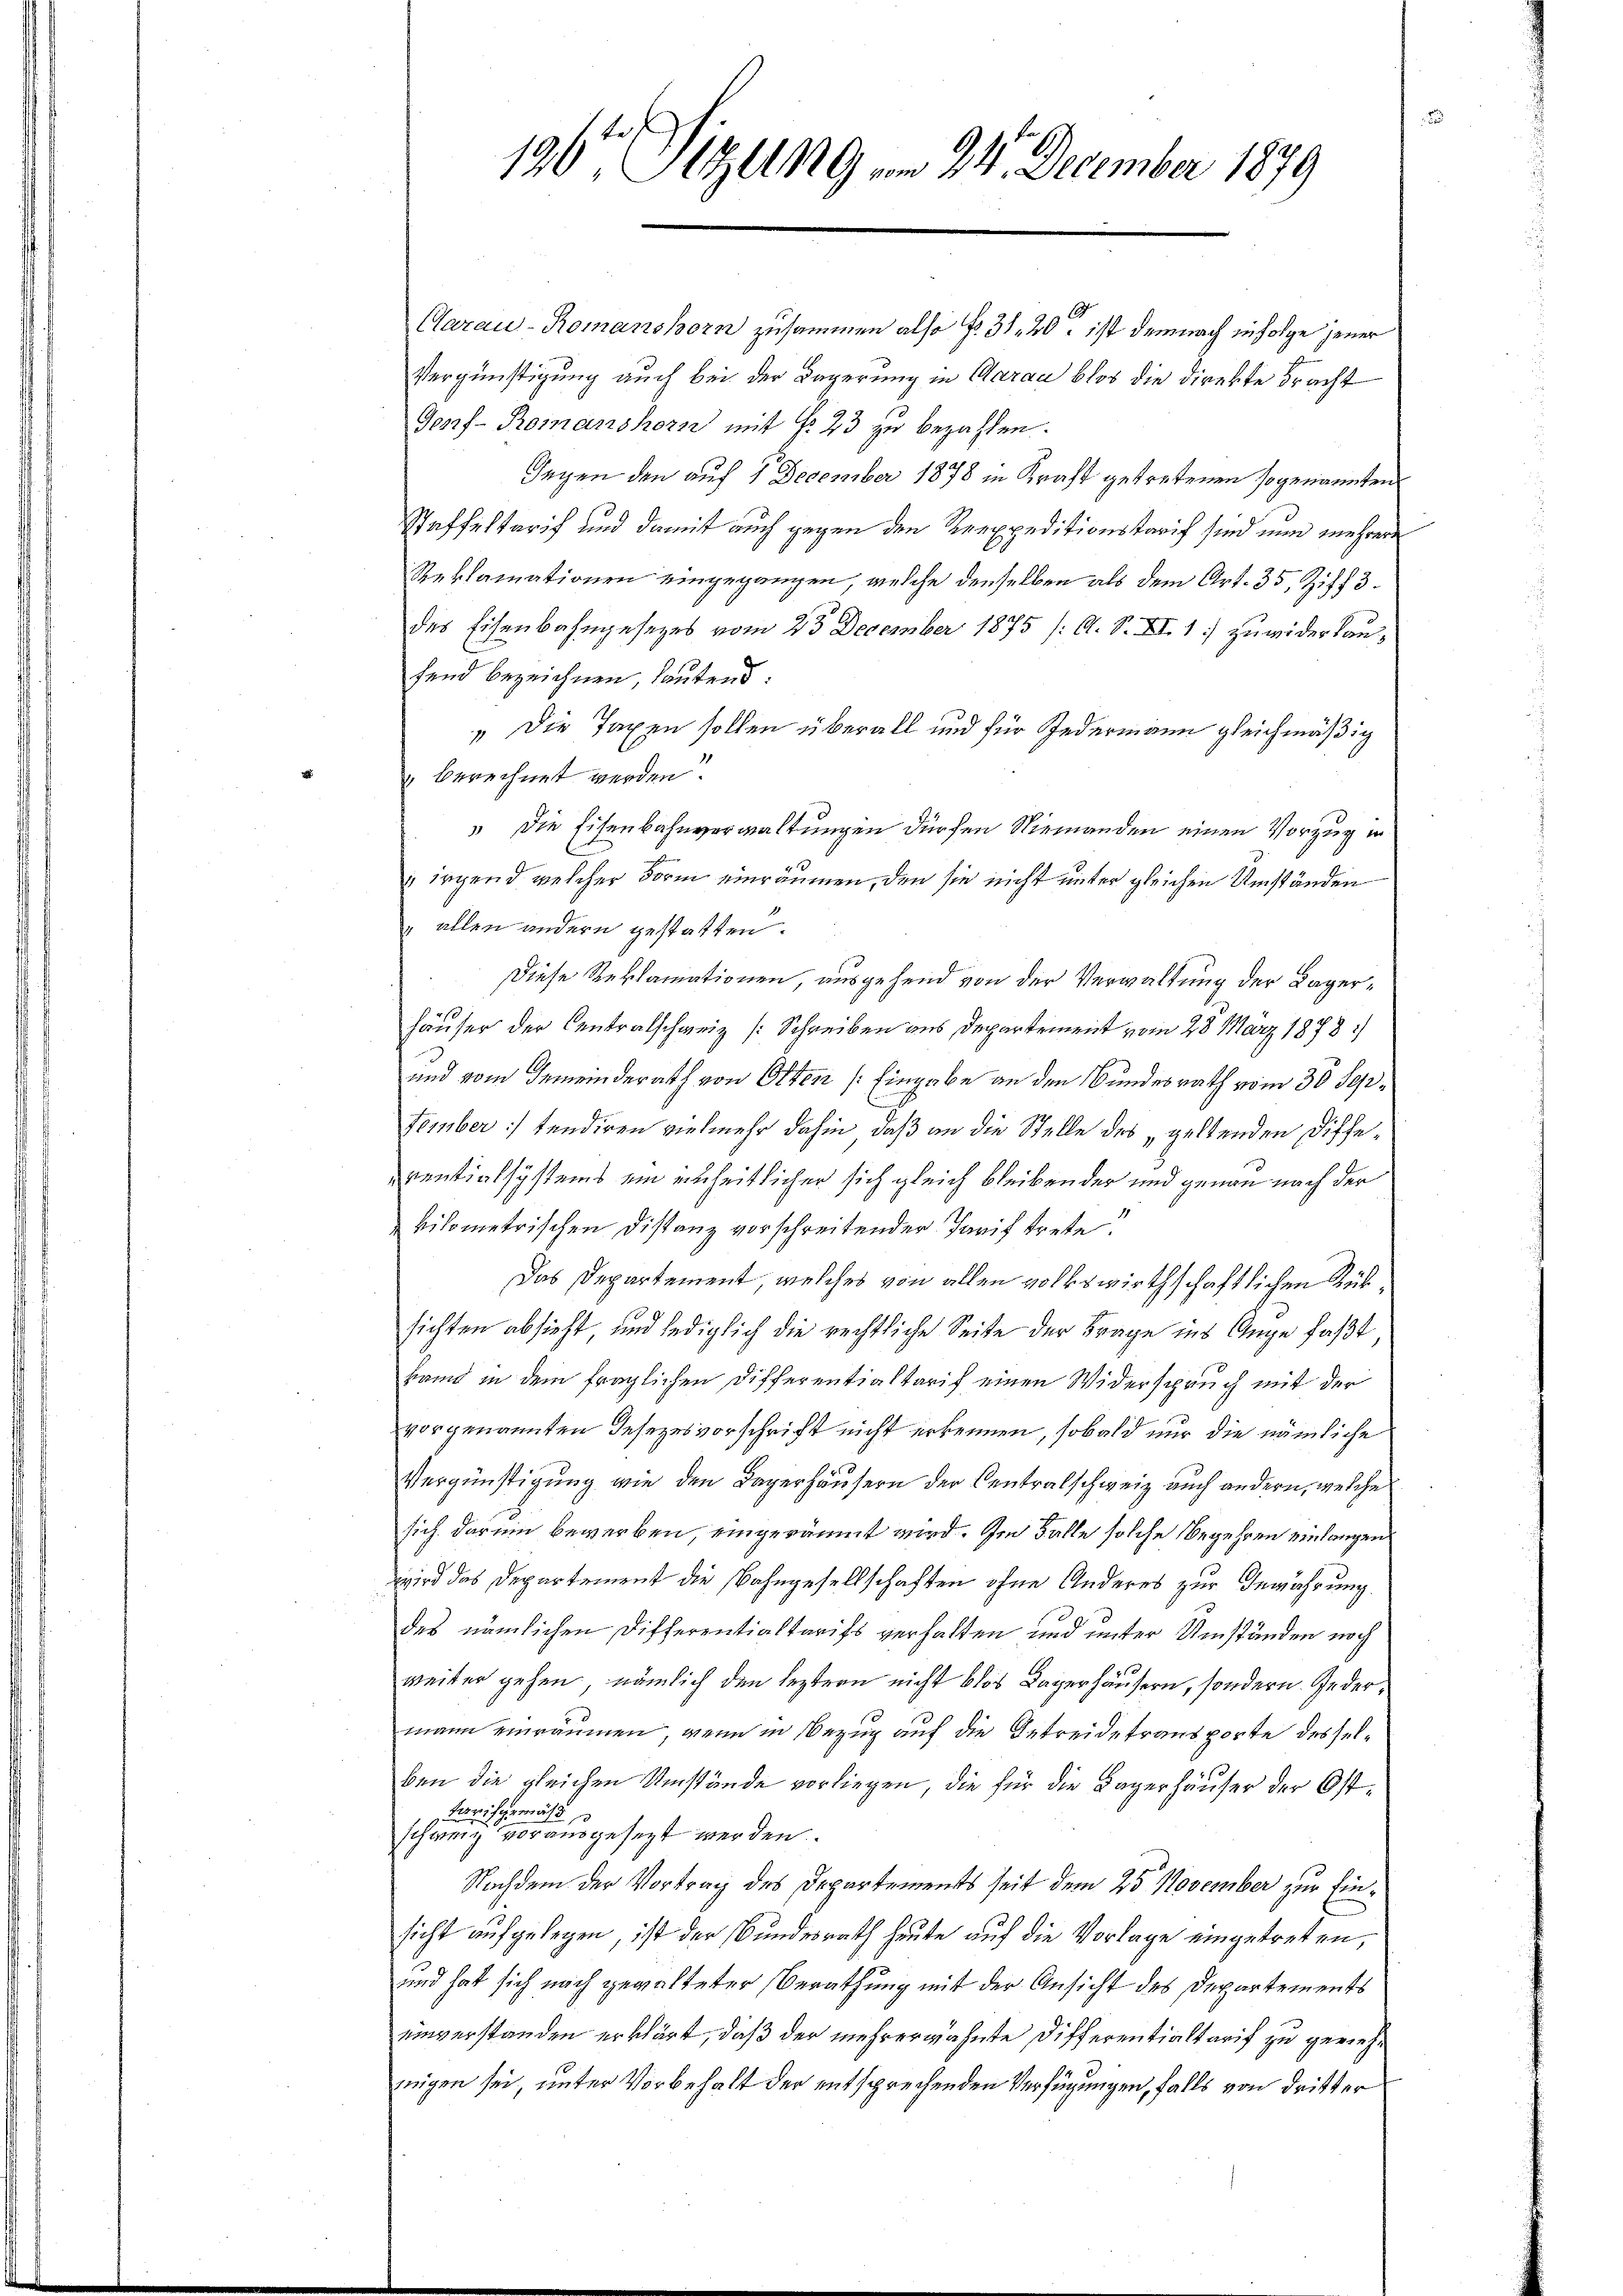
190te Sitzung am 24. December 1879

Carau-Romanshorn zusammen also fr. 31, 20 ist demnach infolge jener
Vergünstigung auch bei der Lagerung in Aarau blos die Direkte bracht
Gonf-Romanshorn mit § 23 zu bezahlen.
Tagen den auf 4 December 1878 in Kraft getretenen sogenannten
Staffeltarif und damit auch gegen den Rrexpeditionstarif sind nun mehrere
Reklamationen eingegangen, welche denselben als dem Art. 35, Ziff. 3.
des Eisenbahngesetzes vom 23 December 1875 /: A. S. XI. 1 zuwiderlaufend bezeichnen, lautend:
„ Die Taxen sollen überall und für Federmann gleichmäßig
" berechnet werden.
 Die Eisenbahnverwaltungen dürfen Niemanden einen Vorzug in
 irgend welcher Form einräumen, den sie nicht unter gleichen Umständen
 allen andern gestatten.
Diese Reklamationen, ausgehend von der Verwaltung der Lagerhäuser der Centralschweiz [Schreiben aus Departement vom 28. März 1878/
und vom Gemeinderath von Otten /: Eingabe an den Bundesrath vom 30 September : tendiren vielmehr dahin, daß an die Stelle des „geltenden Diffeventialsystems ein einheitlicher sich gleich bleibender und genau nach der
kilometrischen Distanz vorschreitender Tarif trete.
Das Departement, welches von allen volkswirthschaftlichen Rüksichten absieht, und lediglich die rechtliche Seite der Frage ins Auge faßt
band in dem fraglichen Differentialtarif einen Widerspruch mit der
vorgenannten Gesezesvorschrift nicht erkennen, sobald nur die nämliche
Vergünstigung wie den Lagerhäusern der Centralschweiz auch andern, welche
sich darum bewerben, eingeräumt wird. Im Falle solche Begehren einlangen
wird das Departement die Bahngesellschaften ohne Anderes zur Gewährung.
des nämlichen Differentialtarifs verhalten und unter Umständen noch
weiter gehen, nämlich den leztern nicht blos Lagerhäusern, sondern. Jedermann einräumen, wenn in Bezug auf die Getreide transporte desselben die gleichen Umstände vorliegen, die für die Lagerhäuser der Ost¬
Drisgemäß
schweiz vorausgesezt werden.
Nachdem der Vortrag des Departements seit dem 25. November zur Einsicht aufgelegen, ist der Bundesrath heute auf die Vorlage eingetreten,
und hat sich nach gewalteter Berathung mit der Ansicht des Departements
uinverstanden erklärt, daß der mehrerwähnte Differentialtarif zu gerichmigen sei, unter Vorbehalt der entsprechenden Verfügungen, falls von dritter